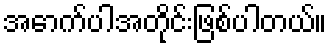
အောက်ပါအတိုင်းဖြစ်ပါတယ်။